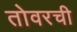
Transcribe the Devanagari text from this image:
तोवरची